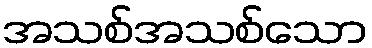
အသစ်အသစ်သော